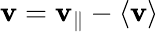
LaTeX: \mathbf{v}=\mathbf{v}_{\parallel}-\langle\mathbf{v}\rangle